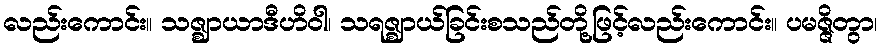
လည်းကောင်း။ သဇ္ဈာယာဒီဟိဝါ၊ သရဇ္ဈာယ်ခြင်းစသည်တို့ဖြင့်လည်းကောင်း။ ပမဇ္ဇိတွာ၊